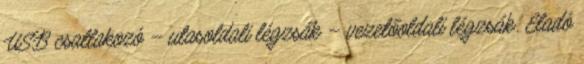
USB csatlakozó – utasoldali légzsák – vezetőoldali légzsák. Eladó